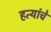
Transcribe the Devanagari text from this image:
हत्यांचे